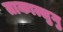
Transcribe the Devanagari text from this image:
ताकात्सुगु